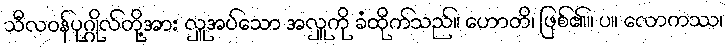
သီလဝန်ပုဂ္ဂိုလ်တို့အား လှူအပ်သော အလှူကို ခံထိုက်သည်။ ဟောတိ၊ ဖြစ်၏။ ပ။ လောကဿ၊